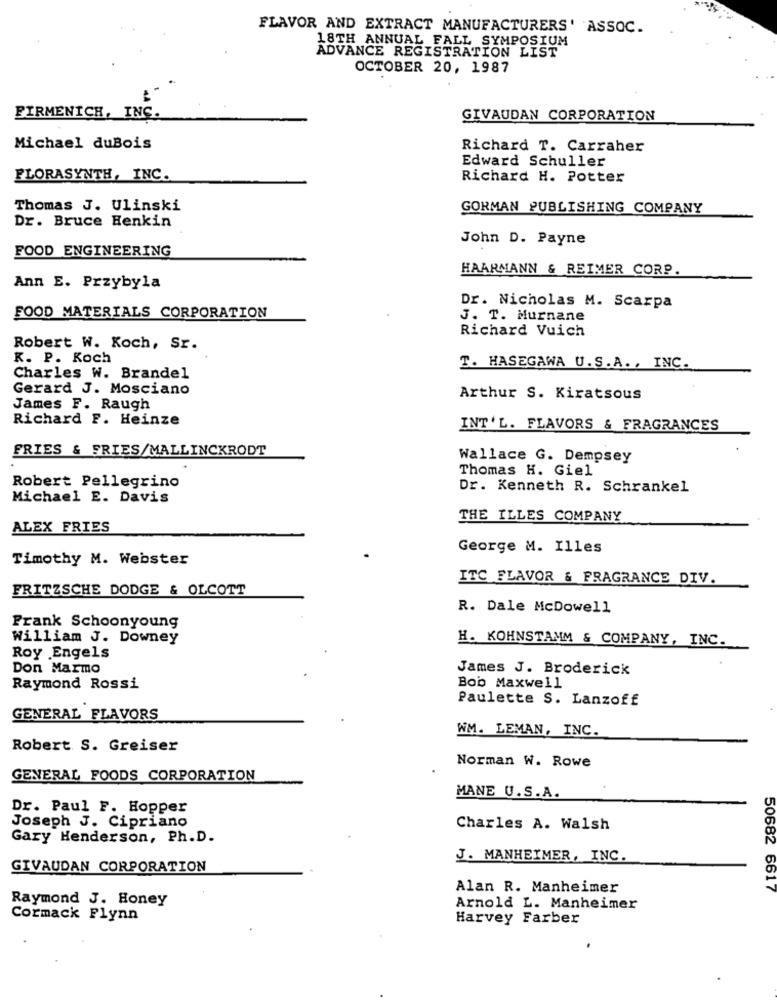
FLAVOR AND EXTRACT MANUFACTURERS' ASSOC.
18TH ANNUAL FALL SYMPOSIUM
ADVANCE REGISTRATION LIST
OCTOBER 20, 1987
FIRMENICH, INC.
GIVAUDAN CORPORATION
Michael duBois
Richard T. Carraher
Edward Schuller
FLORASYNTH, INC.
Richard H. Potter
Thomas J. Ulinski
GORMAN PUBLISHING COMPANY
Dr. Bruce Henkin
John D. Payne
FOOD ENGINEERING
HAARMANN & REIMER CORP.
Ann E. Przybyla
Dr. Nicholas M. Scarpa
FOOD MATERIALS CORPORATION
J. T. Murnane
Richard Vuich
Robert W. Koch, Sr.
K. P. Koch
T. HASEGAWA U.S.A ., INC.
Charles W. Brandel
Gerard J. Mosciano
Arthur S. Kiratsous
James F. Raugh
Richard F. Heinze
INT'L. FLAVORS & FRAGRANCES
FRIES & FRIES/MALLINCKRODT
Wallace G. Dempsey
Thomas H. Giel
Robert Pellegrino
Dr. Kenneth R. Schrankel
Michael E. Davis
THE ILLES COMPANY
ALEX FRIES
George M. Illes
Timothy M. Webster
ITC FLAVOR & FRAGRANCE DIV.
FRITZSCHE DODGE & OLCOTT
R. Dale McDowell
Frank Schoonyoung
William J. Downey
H. KOHNSTAMM & COMPANY, INC.
Roy Engels
Don Marmo
James J. Broderick
Bob Maxwell
Raymond Rossi
Paulette S. Lanzoff
GENERAL FLAVORS
WM. LEMAN, INC.
Robert S. Greiser
Norman W. Rowe
GENERAL FOODS CORPORATION
MANE U.S.A.
Dr. Paul F. Hopper
Joseph J. Cipriano
Charles A. Walsh
Gary Henderson, Ph.D.
J. MANHEIMER, INC.
GIVAUDAN CORPORATION
Alan R. Manheimer
50682 6617
Raymond J. Honey
Arnold L. Manheimer
Cormack Flynn
Harvey Farber